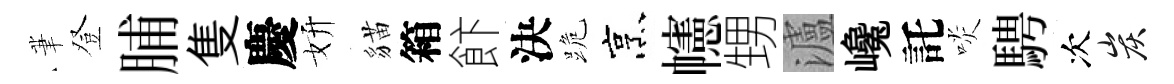
茟登脯隻慶妍貓箱飰決跪烹幰甥瀘巉託啖騁次炭